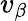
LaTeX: v_{\beta}